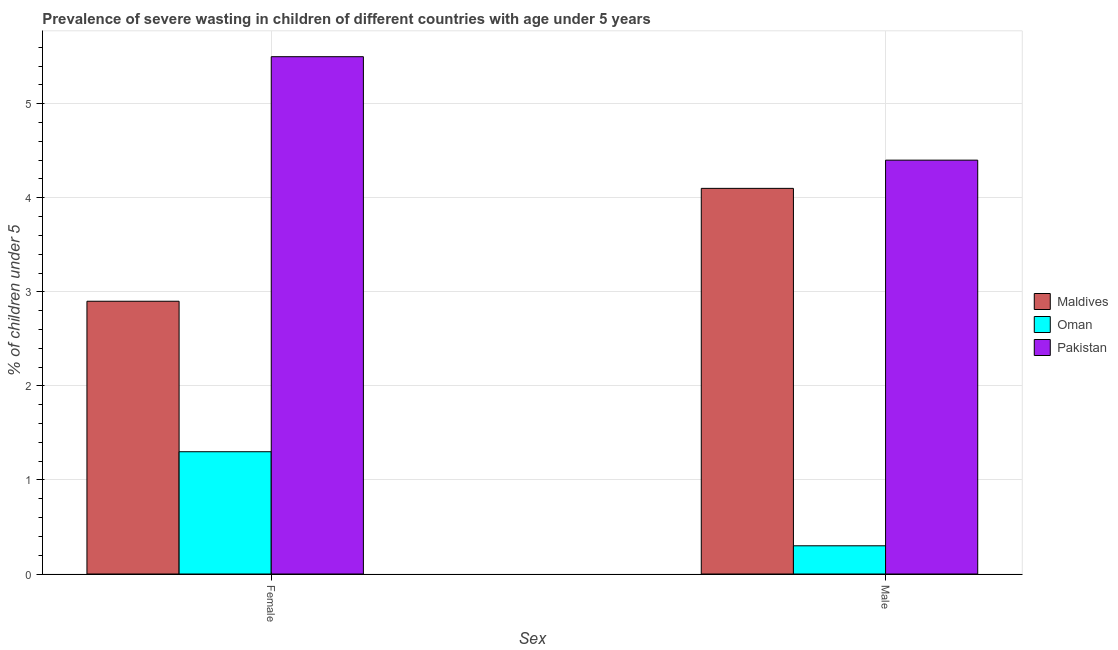
| Sex | Maldives | Oman | Pakistan |
 | --- | --- | --- | --- |
 | Female | 2.9 | 1.3 | 5.5 |
 | Male | 4.1 | 0.3 | 4.4 |